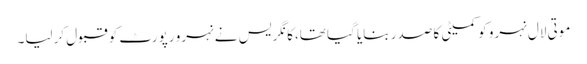
موتی لال نہرو کو کمیٹی کا صدر بنایا گیا تھا،کانگریس نے نہرو رپورٹ کو قبول کرلیا۔